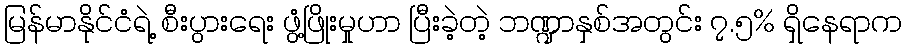
မြန်မာနိုင်ငံရဲ့ စီးပွားရေး ဖွံ့ဖြိုးမှုဟာ ပြီးခဲ့တဲ့ ဘဏ္ဍာနှစ်အတွင်း ၇.၅% ရှိနေရာက